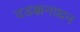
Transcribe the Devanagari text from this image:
वडक्कनाथन